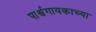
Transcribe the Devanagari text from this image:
पार्श्वगायकाच्या